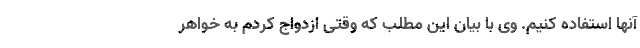
آنها استفاده کنیم. وی با بیان این مطلب که وقتی ازدواج کردم به خواهر